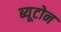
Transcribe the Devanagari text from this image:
ब्यूटोन